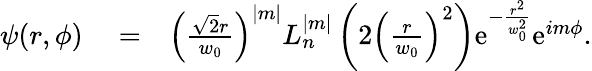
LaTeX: \begin{array}{rlr}{\psi(r,\phi)}&{{}=}&{\left(\frac{\sqrt{2}r}{w_{0}}\right)^{|m|}L_{n}^{|m|}\left(2\left(\frac{r}{w_{0}}\right)^{2}\right)\mathrm{e}^{-\frac{r^{2}}{w_{0}^{2}}}\mathrm{e}^{im\phi}.}\end{array}